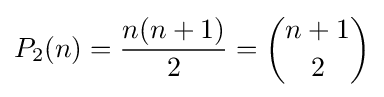
P_{2}(n)={\frac {n(n+1)}{2}}={\binom {n+1}{2}}